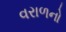
વરાળનો